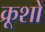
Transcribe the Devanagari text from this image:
क्रूशों